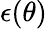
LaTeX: \epsilon(\theta)